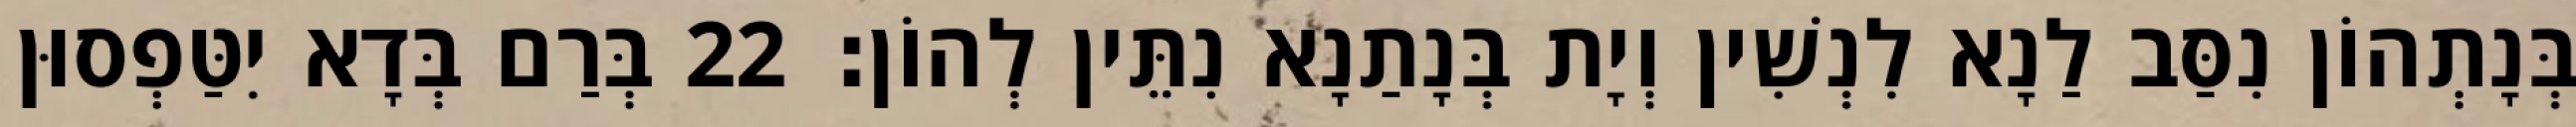
בְּנָתְהוֹן נִסַּב לַנָא לִנְשִׁין וְיָת בְּנָתַנָא נִתֵּין לְהוֹן׃ 22 בְּרַם בְּדָא יִטַּפְסוּן